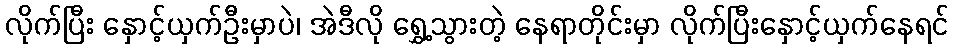
လိုက်ပြီး နှောင့်ယှက်ဦးမှာပဲ၊ အဲဒီလို ရွှေ့သွားတဲ့ နေရာတိုင်းမှာ လိုက်ပြီးနှောင့်ယှက်နေရင်